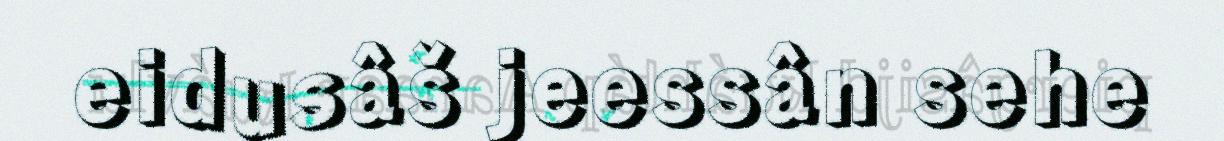
eidusâš jeessân sehe